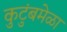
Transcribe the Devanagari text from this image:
कुटुंबमेळा